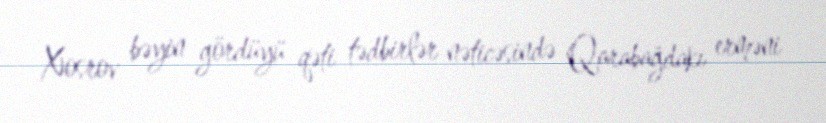
Xosrov bəyin gördüyü qəti tədbirlər nəticəsində Qarabağdakı erməni